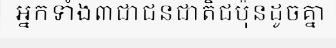
អ្នកទាំង៣ជាជនជាតិជប៉ុនដូចគ្នា